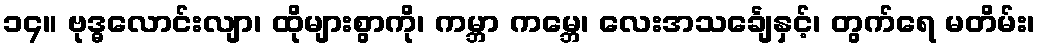
၁၄။ ဗုဒ္ဓလောင်းလျာ၊ ထိုများစွာကို၊ ကမ္ဘာ ကမ္ဘေ၊ လေးအသင်္ချေနှင့်၊ တွက်ရေ မတိမ်း၊